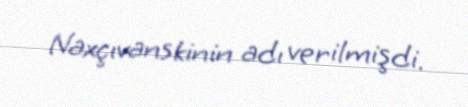
Naxçıvanskinin adı verilmişdi.